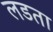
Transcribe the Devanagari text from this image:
लडता